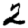
Digit: 2